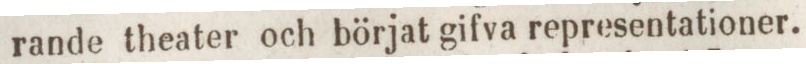
rande theater och börjat gifva representationer.